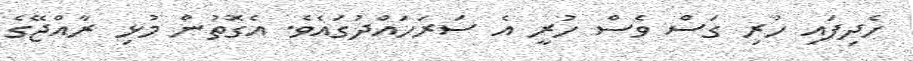
ހެދިފައި ހުރި ގަސް ވެސް ހުރީ އެ ސަރަހައްދުގައެވެ. އެގޮތުން މުޅި ރާއްޖޭގެ